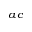
_ { a c }